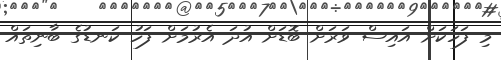
މި ފަހަކަށް އައިސް ވަރަށް ބޮޑަށް އުދަ އެރުމަށް ފަހު ކަނޑުގެ ބާނިތައް